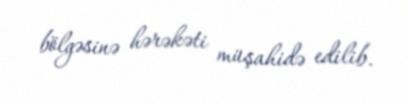
bölgəsinə hərəkəti müşahidə edilib.